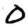
Digit: 0